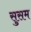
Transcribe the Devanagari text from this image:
सुसम